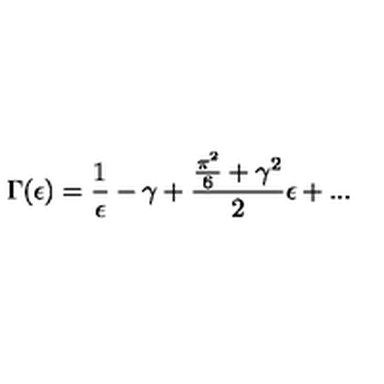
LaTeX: \Gamma ( \epsilon ) = \frac { 1 } { \epsilon } - \gamma + \frac { \frac { \pi ^ { 2 } } { 6 } + { \gamma } ^ { 2 } } { 2 } \epsilon + . . .